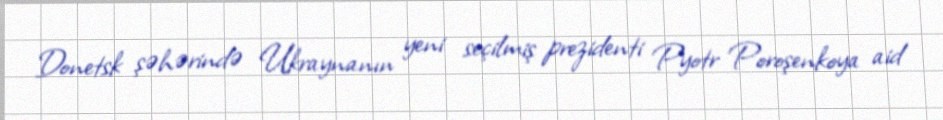
Donetsk şəhərində Ukraynanın yeni seçilmiş prezidenti Pyotr Poroşenkoya aid